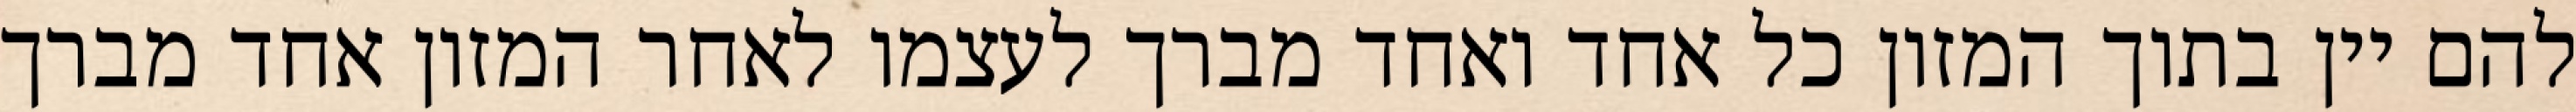
להם יין בתוך המזון כל אחד ואחד מברך לעצמו לאחר המזון אחד מברך